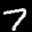
Label: 7